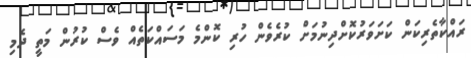
ރައްކާތެރިކަން ކަށަވަރުކޮށްދިނުމަށް ކުރެވެން ހުރި ކޮންމެ މަސައްކަތެއް ވެސް ކުރުން މަތީ ދެމި